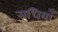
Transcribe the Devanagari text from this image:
सधियाँ